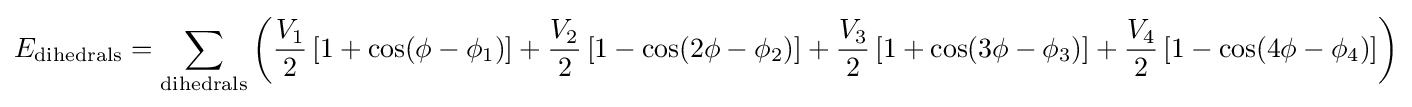
E_{\mathrm {dihedrals} }=\sum _{\mathrm {dihedrals} }\left({\frac {V_{1}}{2}}\left[1+\cos(\phi -\phi _{1})\right]+{\frac {V_{2}}{2}}\left[1-\cos(2\phi -\phi _{2})\right]+{\frac {V_{3}}{2}}\left[1+\cos(3\phi -\phi _{3})\right]+{\frac {V_{4}}{2}}\left[1-\cos(4\phi -\phi _{4})\right]\right)